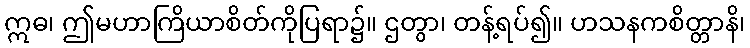
ဣဓ၊ ဤမဟာကြိယာစိတ်ကိုပြရာ၌။ ဌတွာ၊ တန့်ရပ်၍။ ဟသနကစိတ္တာနိ၊